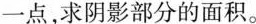
一点,求阴影部分的面积。